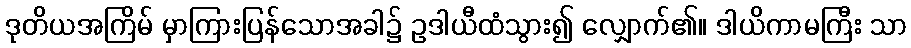
ဒုတိယအကြိမ် မှာကြားပြန်သောအခါ၌ ဥဒါယီထံသွား၍ လျှောက်၏။ ဒါယိကာမကြီး သာ